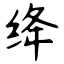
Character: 绛